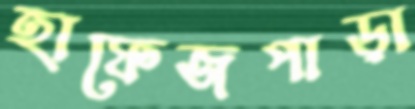
হাফেজপাড়া